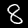
Label: 8